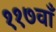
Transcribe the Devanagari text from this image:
११७वाँ